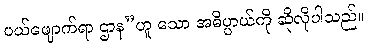
ပယ်ဖျောက်ရာ ဌာန”ဟူ သော အဓိပ္ပာယ်ကို ဆိုလိုပါသည်။